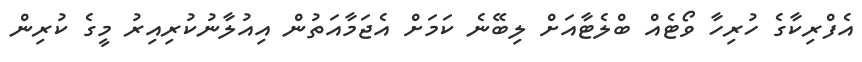
އެފްރިކާގެ ހުރިހާ ވޯޓެއް ބްލެޓާއަށް ލިބޭނެ ކަމަށް އެޖަމާއަތުން އިއުލާނުކުރިއިރު މީގެ ކުރިން